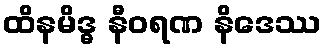
ထိနမိဒ္ဓ နီဝရဏ နိဒေဿ